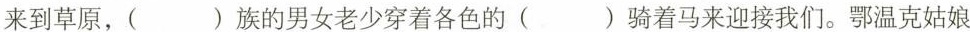
来到草原，（ ）族的男女老少穿着各色的（ ）骑着马来迎接我们。鄂温克姑娘